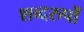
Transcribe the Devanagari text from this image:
शब्दरुपों